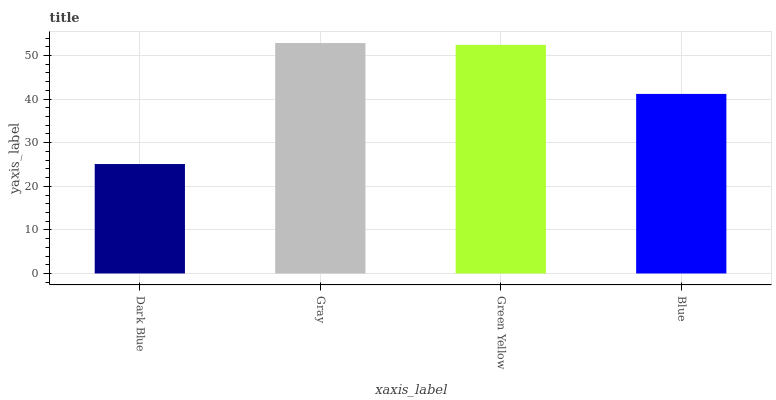
| xaxis_label | bars |
 | --- | --- |
 | Dark Blue | 25.1 |
 | Gray | 52.9 |
 | Green Yellow | 52.4 |
 | Blue | 41.2 |